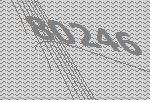
80246